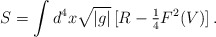
\begin{align*}S = \int d^{4}x\sqrt{|g|}\, [R -{\textstyle\frac{1}{4}} F^{2}(V)]\, .\end{align*}